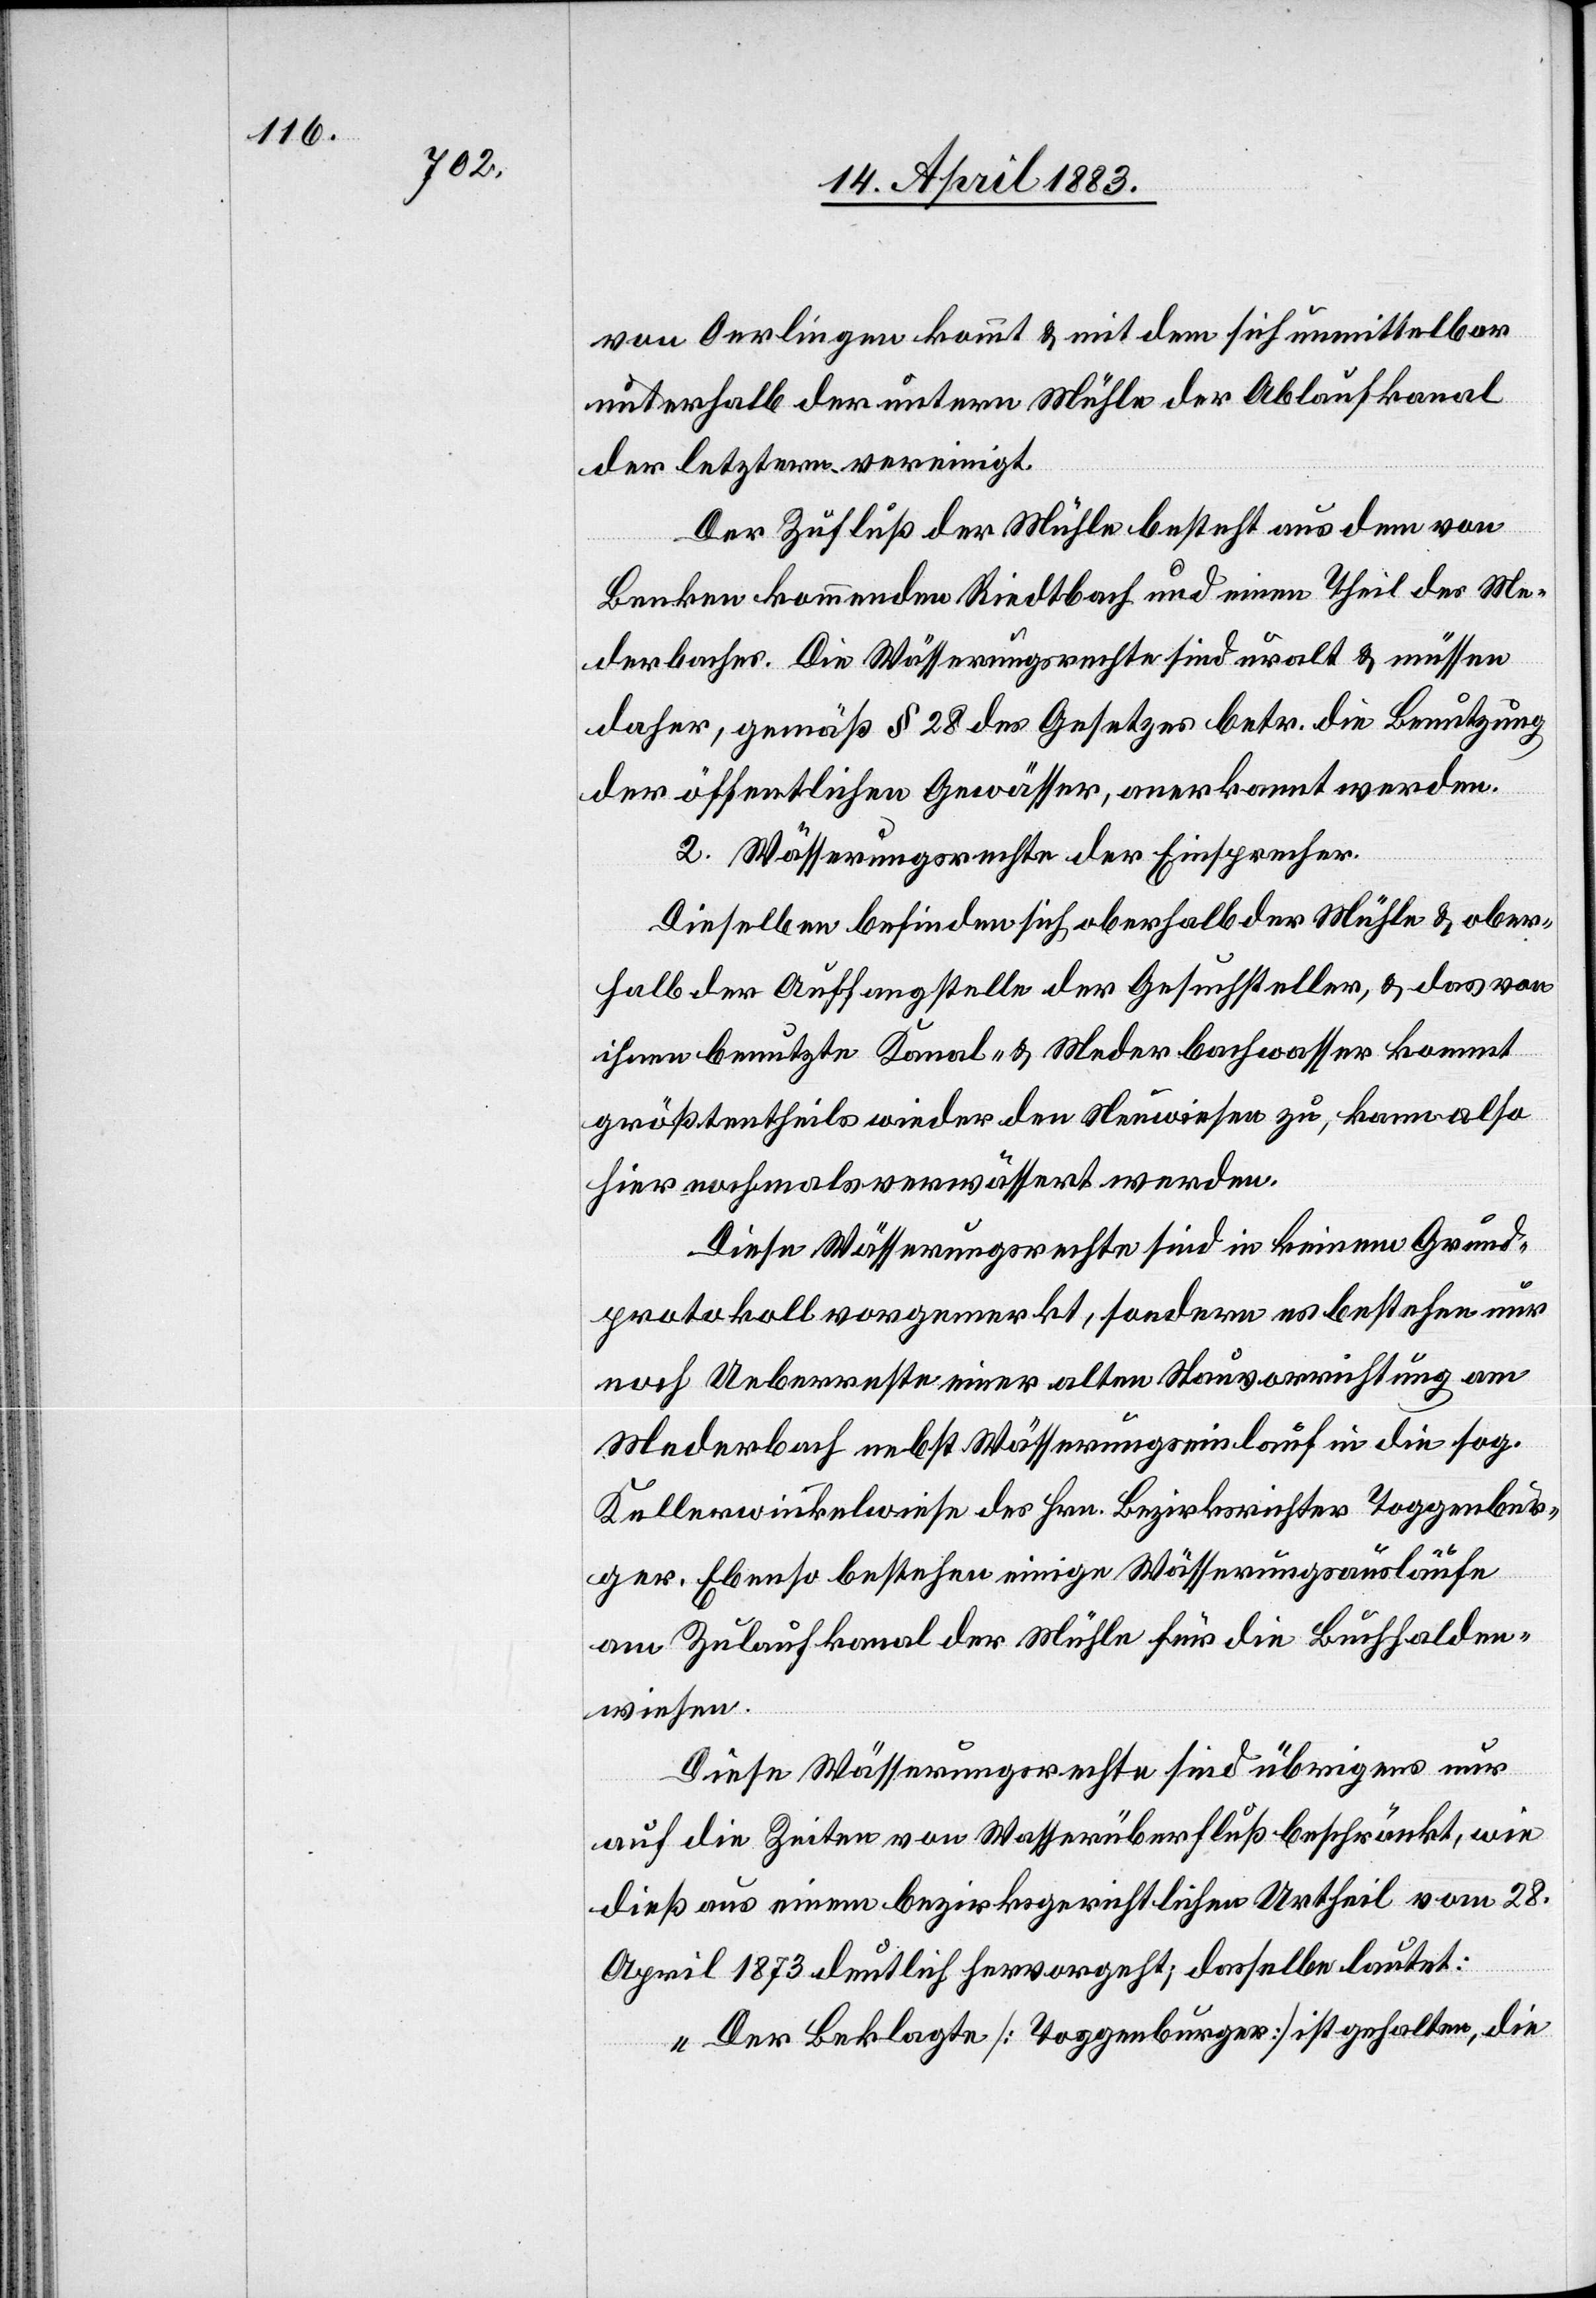
von Oerlingen kommt & mit dem sich unmittelbar
unterhalb der untern Mühle der Ablaufkanal
der letztern vereinigt.
Der Zufluß der Mühle besteht aus dem von
Benken kommenden Riedtbach und einem Theil des Me¬
derbaches. Die Wässerungsrechte sind uralt & müssen
daher, gemäß § 28 des Gesetzes betr. die Benutzung
der öffentlichen Gewässer, anerkannt werden.
2. Wässerungsrechte der Einsprecher.
dieselben befinden sich oberhalb der Mühle & ober¬
halb der Auffangsstelle der Gesuchsteller, & das von
ihnen benutzte Kanal- & Mederbachwasser kommt
größtentheils wieder den Neuwiesen zu, kann also
hier nochmals verwässert werden.
Diese Wässerungsrechte sind in keinem Grund¬
protokoll vorgemerkt, sondern es bestehen nur
noch Ueberreste einer alten Stauvorrichtung am
Mederbach nebst Wässerungseinlauf in die sog.
Kellerwinkelwiese des Hrn. Bezirksrichters Toggenbur¬
ger. Ebenso bestehen einige Wässerungsausläufe
am Zulaufkanal der Mühle für die Buchhalden¬
wiesen.
Diese Wässerungsrechte sind übrigens nur
auf die Zeiten von Wasserüberfluß beschränkt, wie
dieß aus einem bezirksgerichtlichen Urtheil vom 28.
April 1873 deutlich hervorgeht; dasselbe lautet:
„Der Beklagte [Toggenburger] ist gehalten, die